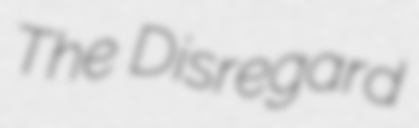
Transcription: The Disregard